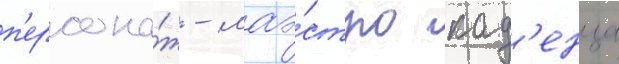
п'ерсона́ж - маэ́стро кад'енца